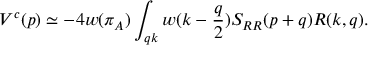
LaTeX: V ^ { c } ( p ) \simeq - 4 w ( \pi _ { A } ) \int _ { q k } w ( k - { \frac { q } { 2 } } ) S _ { R R } ( p + q ) R ( k , q ) .